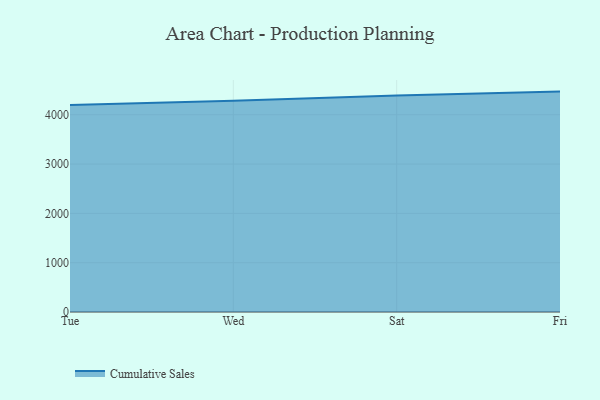
{"axis": {"x": "Day", "y": "Customer Acquisition Cost (USD)"}, "legend": ["Cumulative Sales"], "data": [{"x": "Tue", "y": 4195.7, "type": "Cumulative Sales"}, {"x": "Wed", "y": 4285.3, "type": "Cumulative Sales"}, {"x": "Sat", "y": 4390.7, "type": "Cumulative Sales"}, {"x": "Fri", "y": 4469.2, "type": "Cumulative Sales"}]}